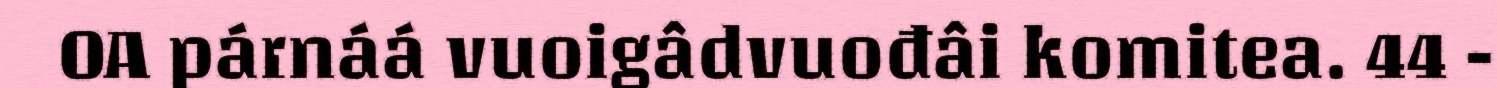
OA párnáá vuoigâdvuođâi komitea. 44 -